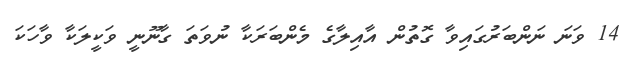
14 ވަނަ ނަންބަރުގައިވާ ގޮތުން އާއިލާގެ މެންބަރަކާ ނުވަތަ ގާނޫނީ ވަކީލަކާ ވާހަކަ